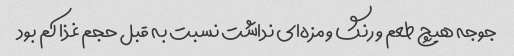
جوجه هیچ طعم و رنگ و مزه‌ای نداشت نسبت به قبل حجم غذا کم بود